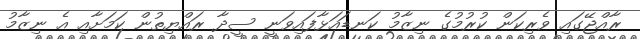
ރާއްޖޭގައި ވެރިކަން ކުރުމުގެ ނިޒާމު ކަނޑައަޅާފައިވަނީ ސީދާ ރައްޔިތުން ކަމަށާއި އެ ނިޒާމު